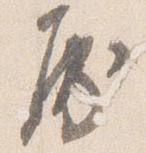
房